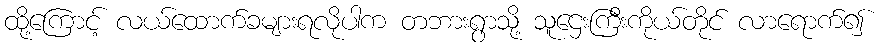
ထို့ကြောင့် လယ်ထောက်ခများရလိုပါက တဘားရွာသို့ သူဌေးကြီးကိုယ်တိုင် လာရောက်၍